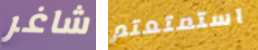
شاغر استمتعتم